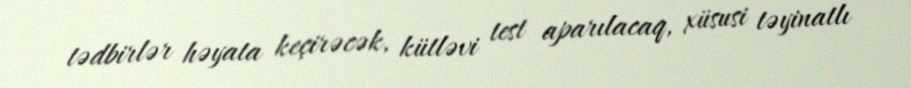
tədbirlər həyata keçirəcək, kütləvi test aparılacaq, xüsusi təyinatlı